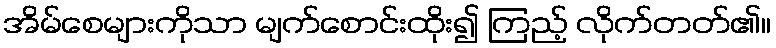
အိမ်စေများကိုသာ မျက်စောင်းထိုး၍ ကြည့် လိုက်တတ်၏။